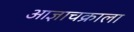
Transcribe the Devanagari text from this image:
आज्ञाचक्राला